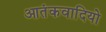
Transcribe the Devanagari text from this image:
आतंकवादियो